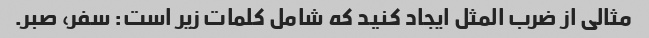
مثالی از ضرب المثل ایجاد کنید که شامل کلمات زیر است: سفر، صبر.